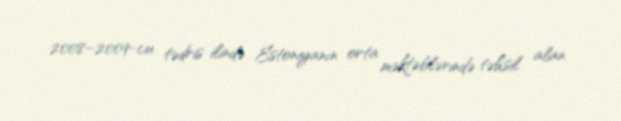
2008–2009-cu tədris ilində Estoniyanın orta məktəblərində təhsil alan